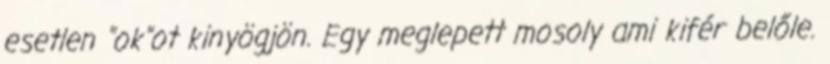
esetlen "ok"ot kinyögjön. Egy meglepett mosoly ami kifér belőle.